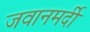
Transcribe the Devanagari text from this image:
जवानमर्दी